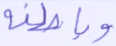
وباطنه